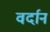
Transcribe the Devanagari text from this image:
वर्दान